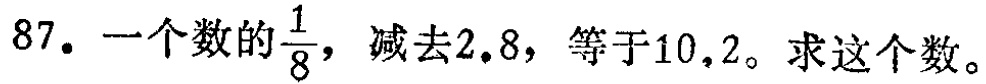
87. 一个数的$\frac{1}{8}$，减去$2.8$，等于$10.2$。求这个数。